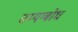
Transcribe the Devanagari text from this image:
सम्यग्बोध